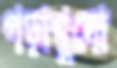
পড়াগুলো